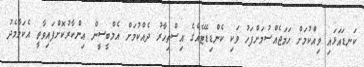
ކަނޑައަޅައި ވިއްކުމަށް ހަމަޖެއްސުމަށްފަހު ވަކި ކެންޑިޑޭޓެއްގެ އިސްތިހާރު ދެއްކުމަށް އެމްބީސީން އިންކާރުކޮށްފައިވާތީ އެކަމާމެދު